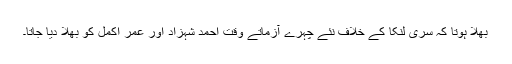
بھلا ہوتا کہ سری لنکا کے خلاف نئے چہرے آزماتے وقت احمد شہزاد اور عمر اکمل کو بھلا دیا جاتا۔